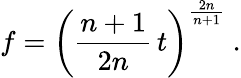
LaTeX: f=\left(\frac{n+1}{2n}\, t\right)^{\frac{2n}{n+1}}\ .